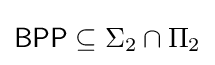
{\mathsf {BPP}}\subseteq \Sigma _{2}\cap \Pi _{2}